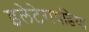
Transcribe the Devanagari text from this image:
इलेटेरायडिया